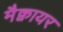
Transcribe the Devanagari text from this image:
मैक्वायर